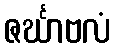
ဇင်္ဃာဗလံ